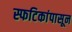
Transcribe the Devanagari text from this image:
स्फटिकांपासून